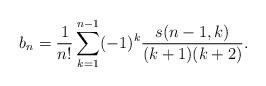
LaTeX: \begin{align*}b_n=\frac1{n!}\sum_{k=1}^{n-1}(-1)^{k} \frac{s(n-1,k)}{(k+1)(k+2)}.\end{align*}